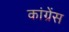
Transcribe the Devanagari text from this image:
कांग्रेंस